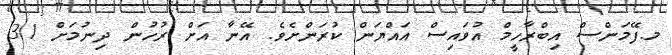
މ.ފޭމަންސް އިބްރާހީމް އުވައިސް އައްޔަން ކުރަންށެވެ. އޭނާ އަށް ރުހުން ދިނުމަށް 31